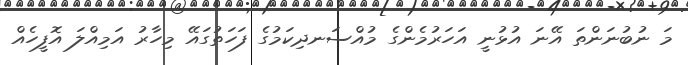
މަ ނުބުނަންތަ އޭނަ އުޅުނީ އަހަރުމެންގެ މުއްސަނދިކަމުގެ ފަހަތުގައޭ މިހާރު އަމިއްލަ އޮފީހެއް